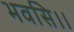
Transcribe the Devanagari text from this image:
भवसि।।